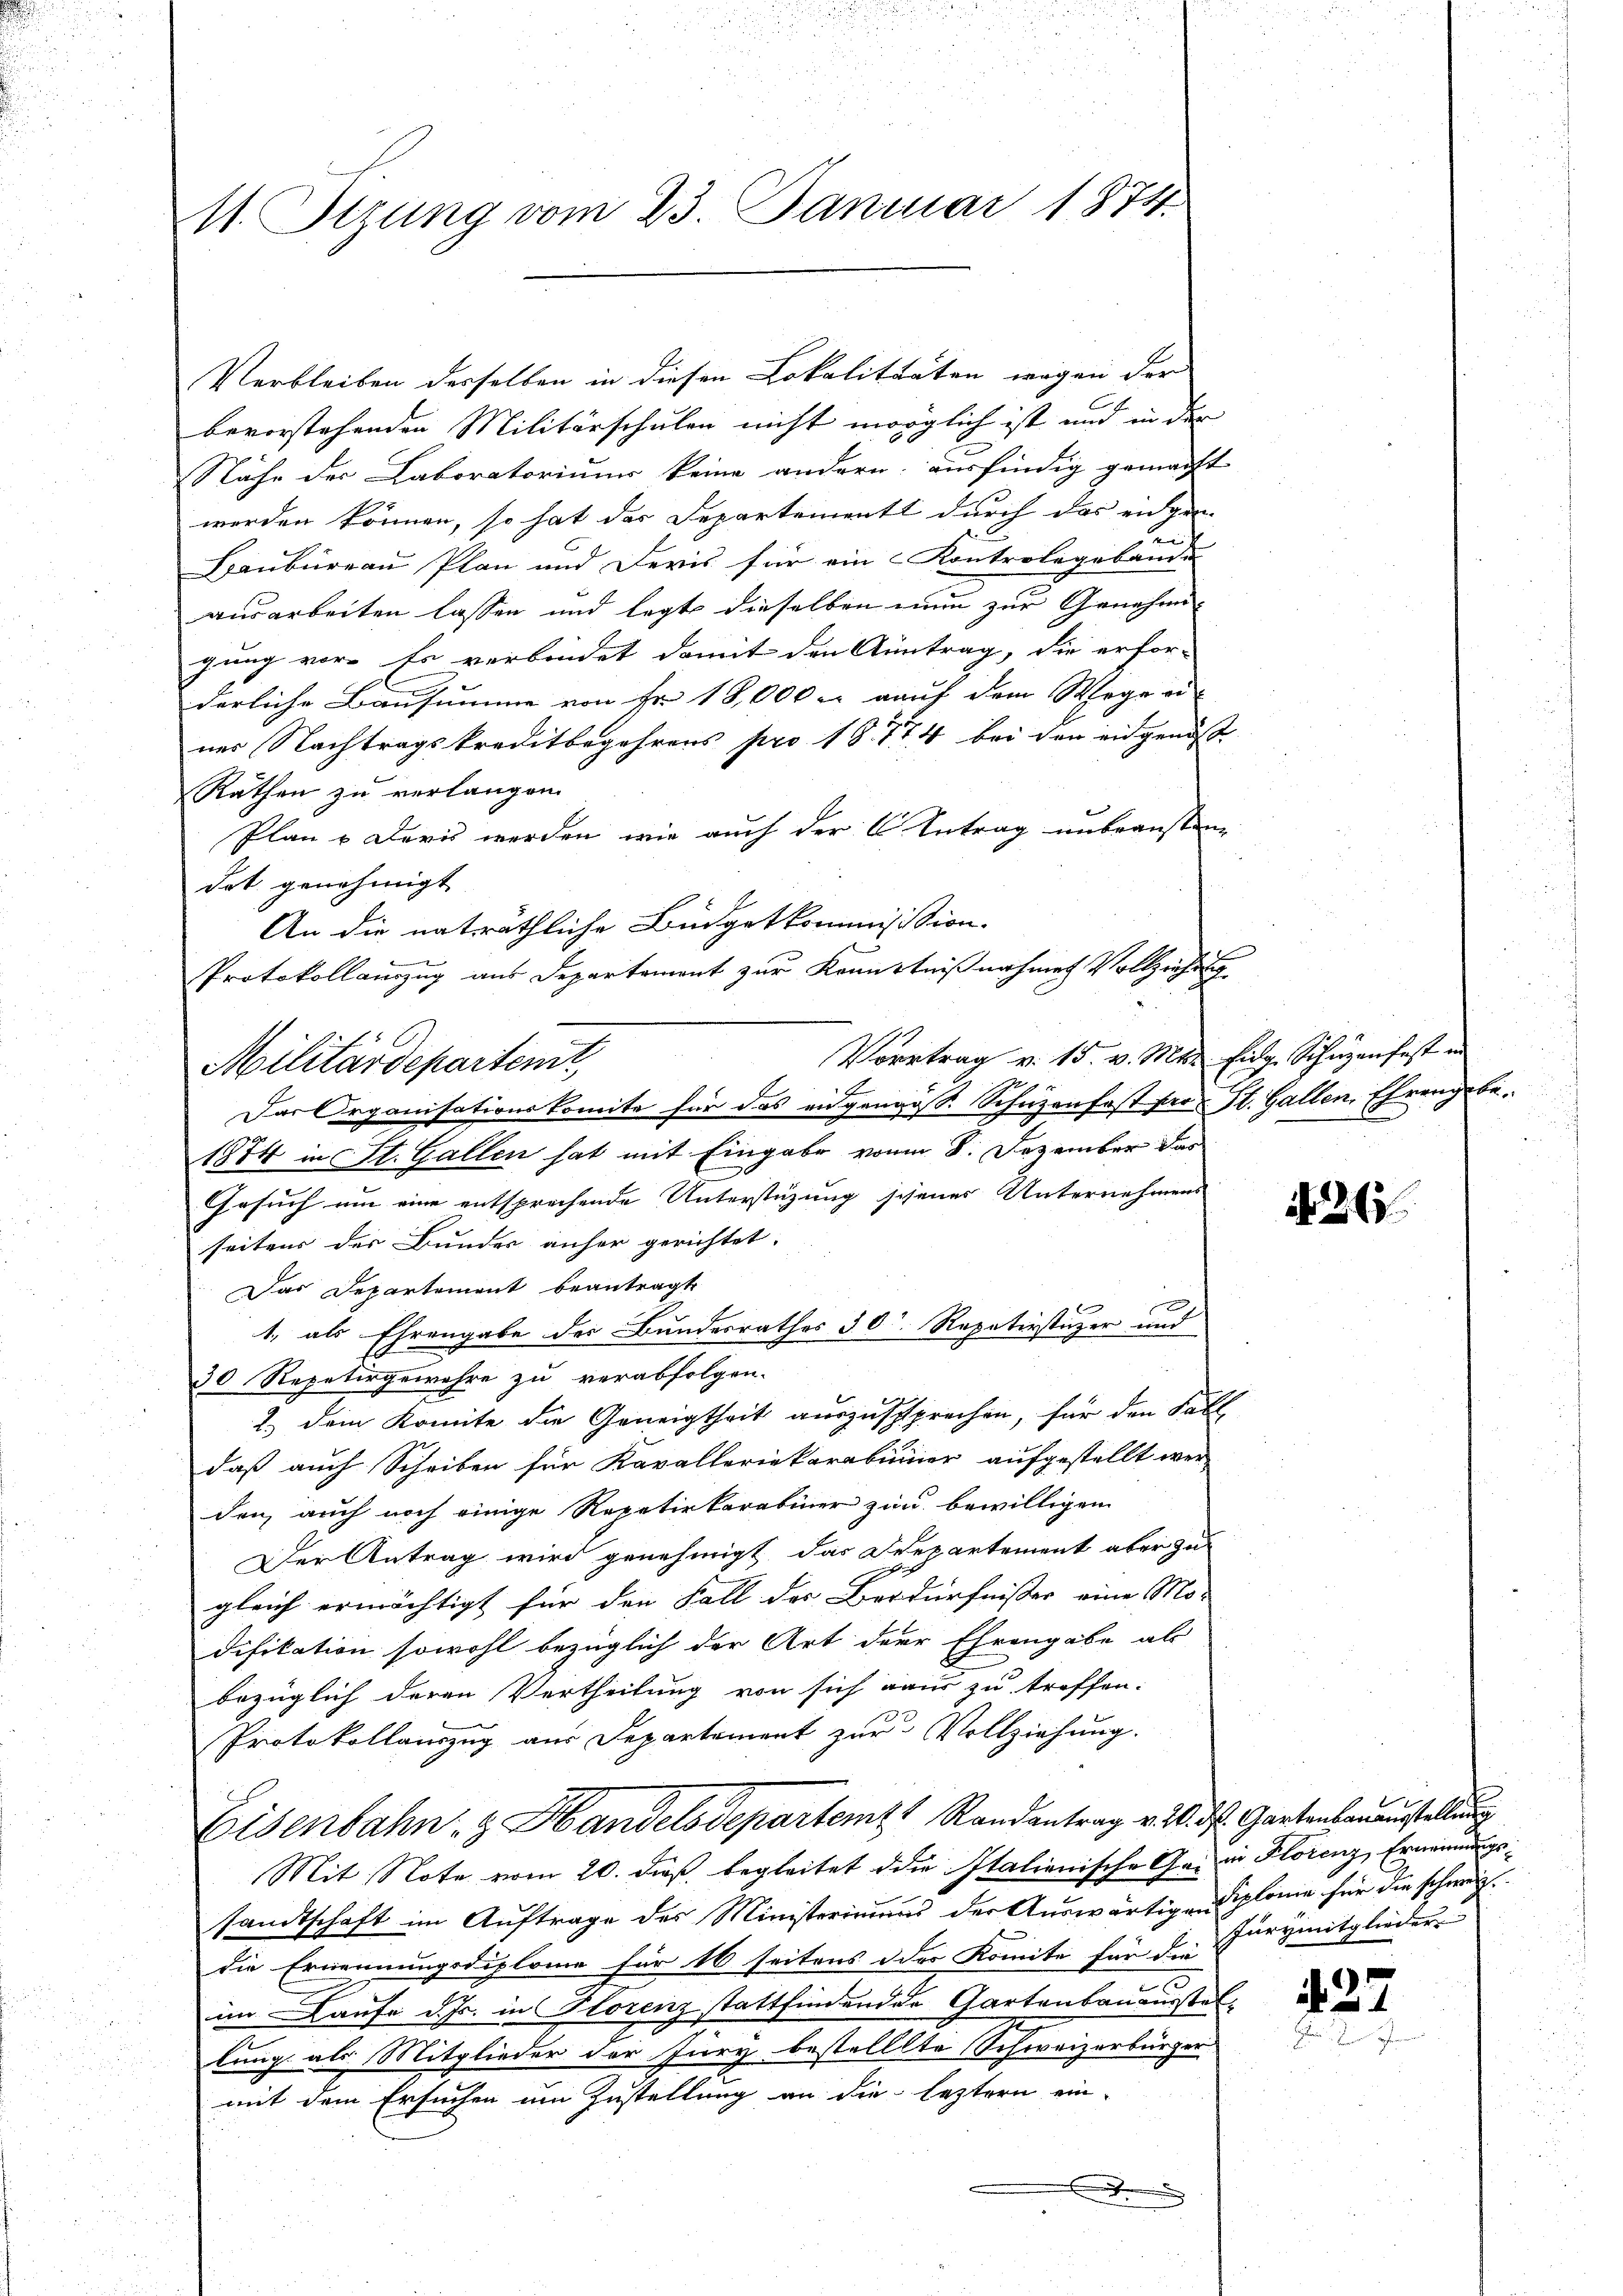
11. Sizung vom 23. Januar 1874.

Verbleiben desselben in diesen Lokalitärten wegen der
bevorstehenden Militärschulen nicht möglich ist und in der
Nähe der Laboratoriums keine andern ausfindig gemacht
werden können, so hat das Departement durch das eidgen
Baubureau Plan und Devis für ein Kontrolegebände
ausarbeiten lassen und legt dieselben nun zur Genehmigung vor. Es verbindet damit den Antrag, die erfor-
derliche Bausumme von Fr. 18,000 c. auf dem Wege od
ner Nachtragskreditbegehrens pro 18774 bei den eidgenöß¬
Räthen zu verlangen.
Plan & Doris werden, wie auch der 6 Antrag unbeansten
dot genehmigt
An die natsräthliche Büdgetkommisssion.
Protokollauszug aus Departement zur Kenntnißnahmen Vollziehung
Vortrag v. 15. v. Mts. Eidg. Schüzenfest in
7f x
1874 in St. Gallen hat mit Eingabe vonm 8. Dezember das
Gesuch um eine entsprochende Unterstüzung schenes Unternehmens
seitens der Bundes anher gerichtet.
Das Departement beantragt
x
1., als Ehrengabe der Bundesrathes 30. Rapativstüzer und
30 Repetirgewähre zu verabfolgen.
2.) Dein Komite die Geneigtheit auszusprechen, für den Fall,
daß auch Scheiben für Kavalleriekarabimier aufgestellt wer-
den, auch noch einige Repetirkarabiner zur bewilligen
Der Antrag wird genehmigt, das Departement aber zu
i
E
gleich ermächtigt für den Fall der Verdürfnisser eine Mor
difikation sowohl bezüglich der Art der Ehrengabe als
bezüglich deren Vertheilung von sich aus zu treffen.
Protokollauszug aus Departement zur Vollziehung.
Eisenbahn, z. Handelsdepartem Randantrag v. 20. ds. Gartenbauaustellung
Mit Note vom 20. dieß begleitet die Italionische Ge- in Florenz, Ernennungssandtschaft im Auftrage des Ministeriums der Auswärtigen Diplome für die schweiz.
die Ernennungsdiplome für 16 seitens oder Komite für die Jurymitglieder
im Laufe d. Js. in Florenz stattfindenden Gartenbauausstellung als Mitglieder der Jury bestellte Schweizerbürger
mit dem Ersuchen um Zustellung an die leztern ein-

Militärdepartent,
Das Organisationskomite für das eidgenöss. Schuzen fast pro St. Gallen, Ehrengebe¬

N. 26.

427